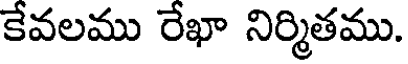
కేవలము రేఖా నిర్మితము.